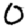
Digit: 0